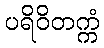
ပရိဝိတက္ကံ